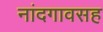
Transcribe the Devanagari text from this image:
नांदगावसह